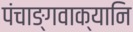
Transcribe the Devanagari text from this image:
पंचाङ्गवाक्यानि